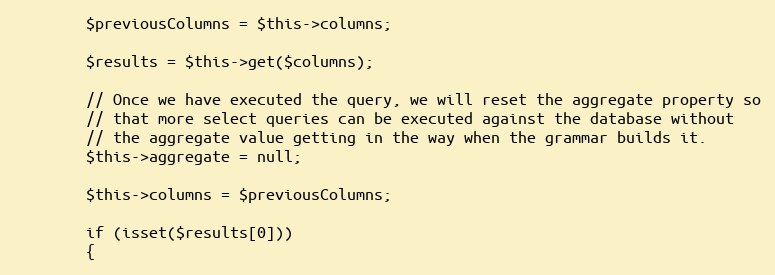
Language: PHP
		$previousColumns = $this->columns;

		$results = $this->get($columns);

		// Once we have executed the query, we will reset the aggregate property so
		// that more select queries can be executed against the database without
		// the aggregate value getting in the way when the grammar builds it.
		$this->aggregate = null;

		$this->columns = $previousColumns;

		if (isset($results[0]))
		{